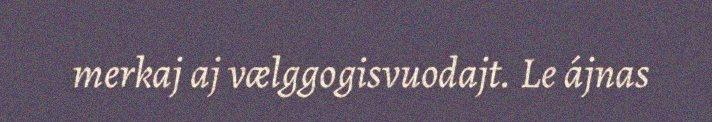
merkaj aj vælggogisvuodajt. Le ájnas